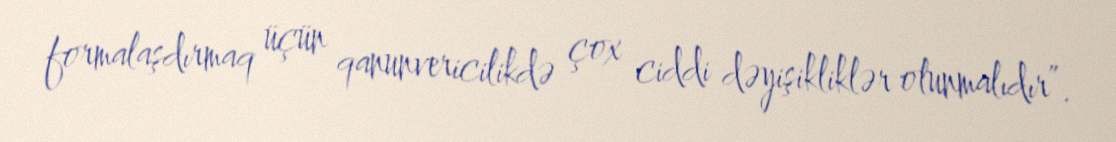
formalaşdırmaq üçün qanunvericilikdə çox ciddi dəyişikliklər olunmalıdır”.